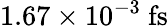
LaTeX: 1.67\times 10^{-3}~\mathrm{fs}